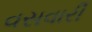
વસવારી